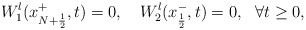
\begin{align*} W^l_1(x^+_{ N+\frac 12},t)=0,\ \ \ W^l_2(x^-_{ \frac 12},t)=0,\ \ \forall t\ge 0,\end{align*}